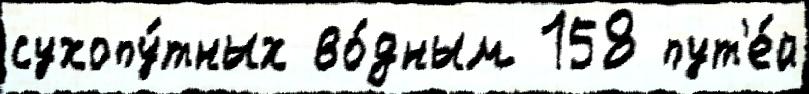
сухопу́тных во́дным 158 пут'е́й